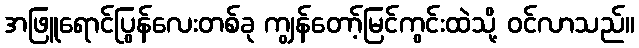
အဖြူရောင်ပြွန်လေးတစ်ခု ကျွန်တော့်မြင်ကွင်းထဲသို့ ဝင်လာသည်။